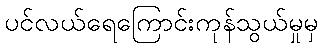
ပင်လယ်ရေကြောင်းကုန်သွယ်မှုမှ